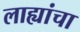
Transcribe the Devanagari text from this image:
लाह्यांचा